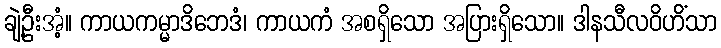
ချဲ့ဦးအံ့။ ကာယကမ္မာဒိဘေဒံ၊ ကာယကံ အစရှိသော အပြားရှိသော။ ဒါနသီလဝိဟိံသာ